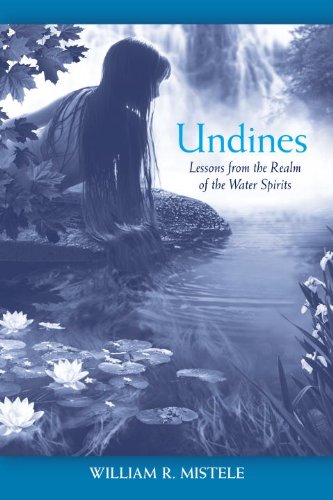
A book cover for Undines: Lessons from the Realm of the Water Spirits; William R. Mistele; Religion & Spirituality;